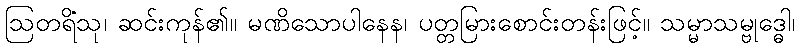
ဩတရိံသု၊ ဆင်းကုန်၏။ မဏိသောပါနေန၊ ပတ္တမြားစောင်းတန်းဖြင့်။ သမ္မာသမ္ဗုဒ္ဓေါ၊